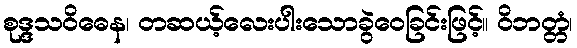
စုဒ္ဒသဝိဓေန၊ တဆယ့်လေးပါးသောခွဲဝေခြင်းဖြင့်။ ဝိဘတ္တံ၊